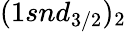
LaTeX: (1snd_{3/2})_{2}